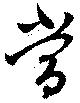
當